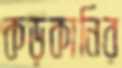
কড়কানির